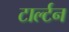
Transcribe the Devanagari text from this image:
टार्ल्टन